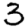
Digit: 3